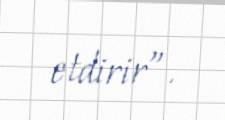
etdirir”.